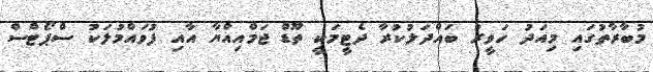
މުބާރާތުގައި މިއަދު ހަވީރު ބައްދަލުކުރާ ދެޓީމަކީ ތޫޑް ޖަމްއިއްޔާ އާއި ފުވައްމުލަކު ސްޕޯޓްސް